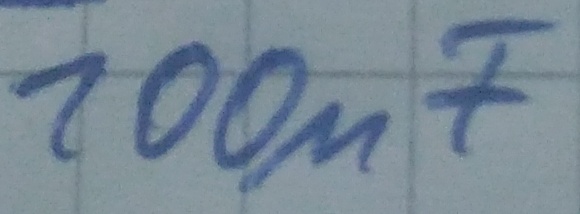
Text: 100µF